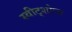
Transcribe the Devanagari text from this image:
स्वीट्शोप्स